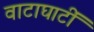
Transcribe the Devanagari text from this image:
वाटाघाटीं